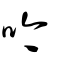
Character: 吟